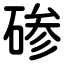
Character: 碜